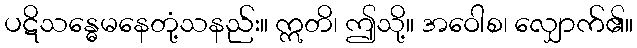
ပဋိသန္ဓေမနေတုံ့သနည်း။ ဣတိ၊ ဤသို့။ အဝေါစ၊ လျှောက်၏။